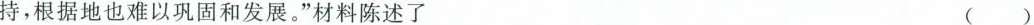
持，根据地也难以巩固和发展。”材料陈述了 （）